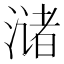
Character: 𫞛